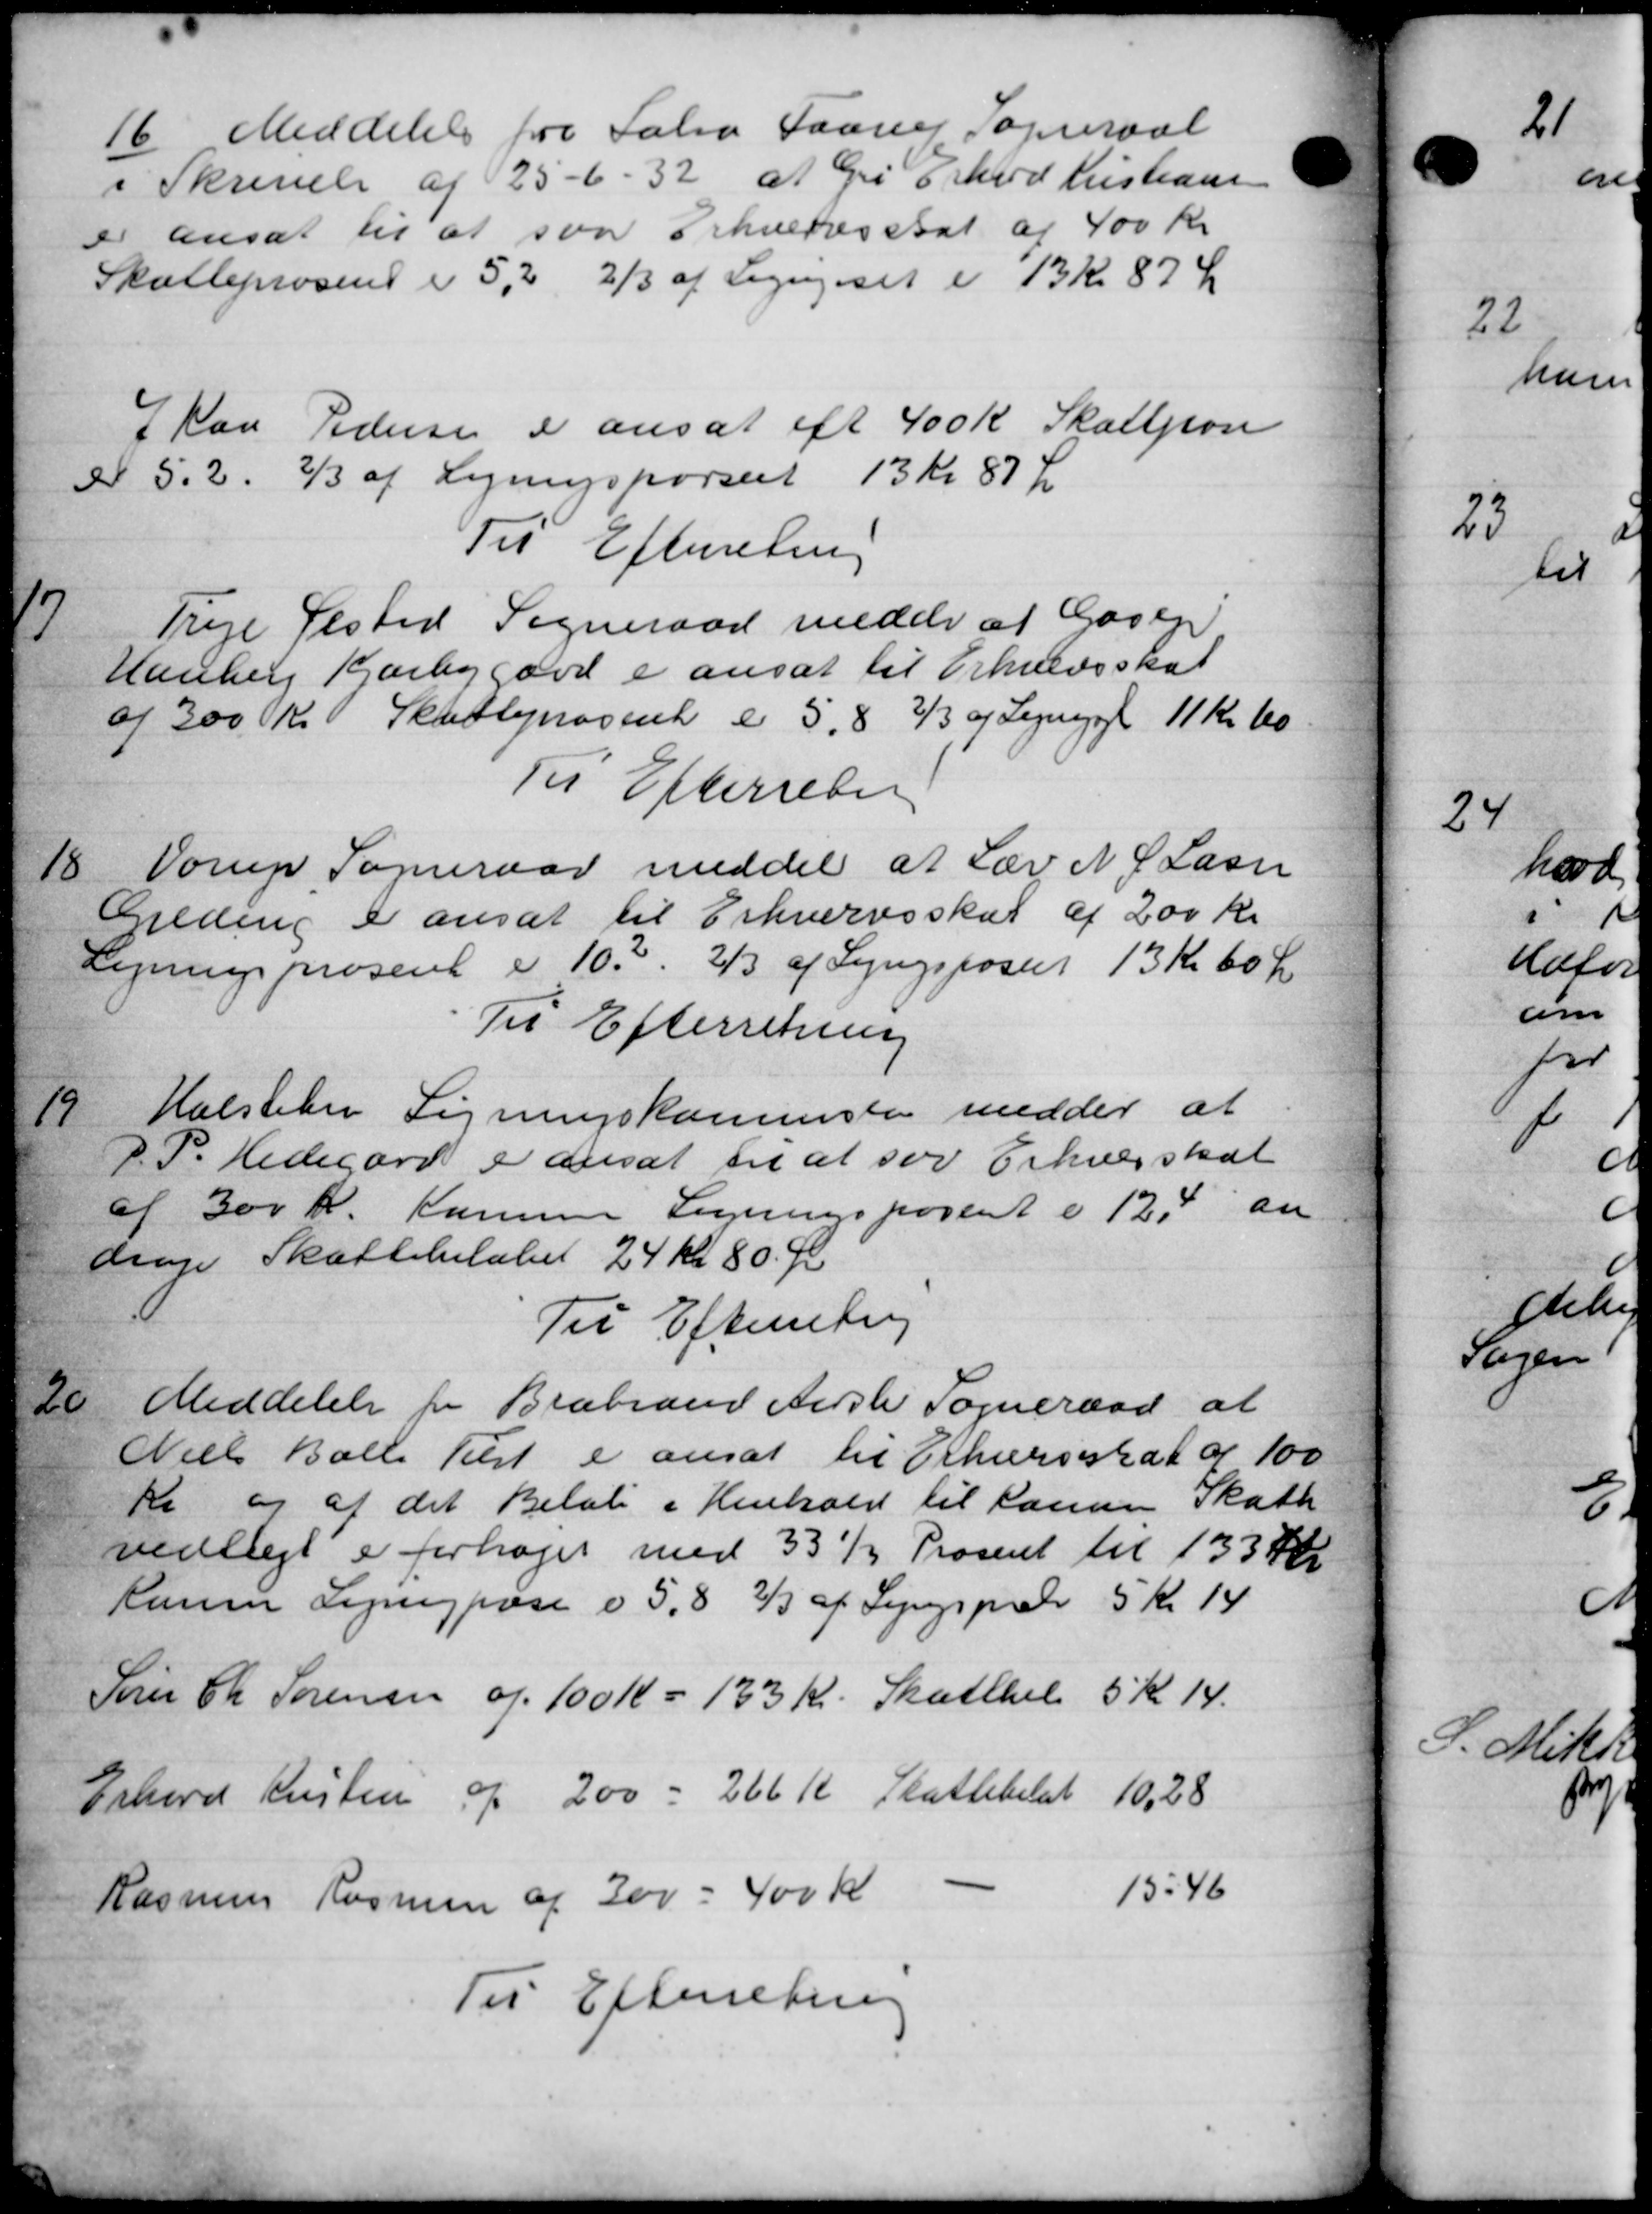
Transskription:
16
Meddelelse fra Sabro Faarup Sogneraad
i Skrivelse af 25 - 6 - 32 af Gri Erhved Kristians
er ansat til at svar Erhvervsskat af 400 Kr.
Skatteprosent i 5,2 2/3 af Lignet i 13 Kr. 87 Ør
I paa Pedersen er ansat eft 400 Kr Skatteon
 5.2. 2/3 af Ligningsporseet 13 Kr 87 Ø
Til Efterretning

Trige Ølsted Sogneraad medde at Godeje
Hanberg Karby gård er ansat til Erhvervsskat
af 300 Kr Skatteprocent er 5,8 2/3 og Lejegge 11 Kr. 60
Til Efterretn
18
Vorup Sogneraad meddel at Lær N. P. Lassen
Greding er ansat til Erhvervsskat af 200 Kr.
Lejningsprosent i 103. 2/3 af Lyngspostet 13 Kr. 60 Kr.
Til Efterretning
19
Halstede Ligningskommite medder at
J. P. Hedegård er ansat til at for Erhverskat
af 300 Kr. Komme Ligningsporent i 124 an
drage Skattebeløbet 24 kr 80 Ør
Til Efterretning
20
Meddelelse fra Brabrand Aaste Sogneraad at
Niels Balle Tilst er ansat til Erhvervsskat af 100
Kr og at det Beløb i Henhold til Larsen Skatte
vedtægt er forhøjet med 331 Prosent til 133 Kr
Kaume Lignigpose i 5,8 2/3 af Sygsprede 5 Kr. 14
Søren Chr Sørensen og 100 Kr + 133 Kr. Skatteel 5 Kr. 14.
Erhard Kristen og 200 - 266 Kr Skattebeløb 10,28
Rasmus Rasmus af 200 - 400 Kr -
15.46
Til Efterretning